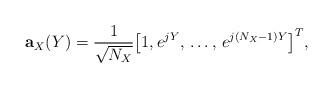
LaTeX: \begin{align*} {\bf a}_{X}(Y) = \frac{1}{\sqrt{N_{X}}}{\left[1, e^{jY},\,\ldots,\,e^{j(N_{X}-1)Y}\right]^T},\end{align*}